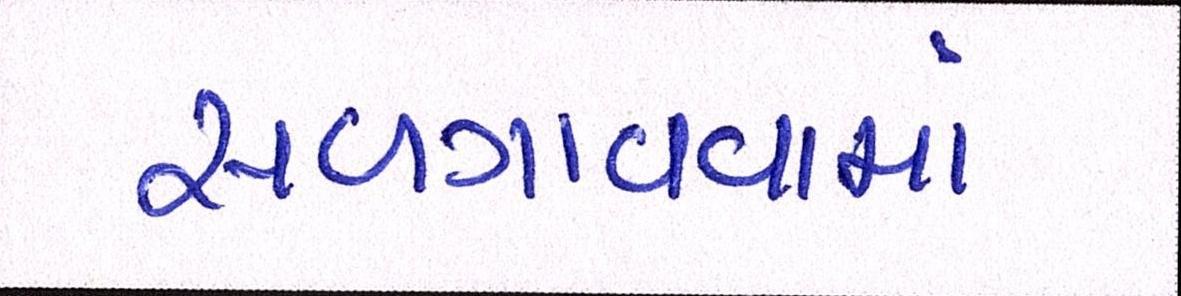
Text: સળગાવવામાં